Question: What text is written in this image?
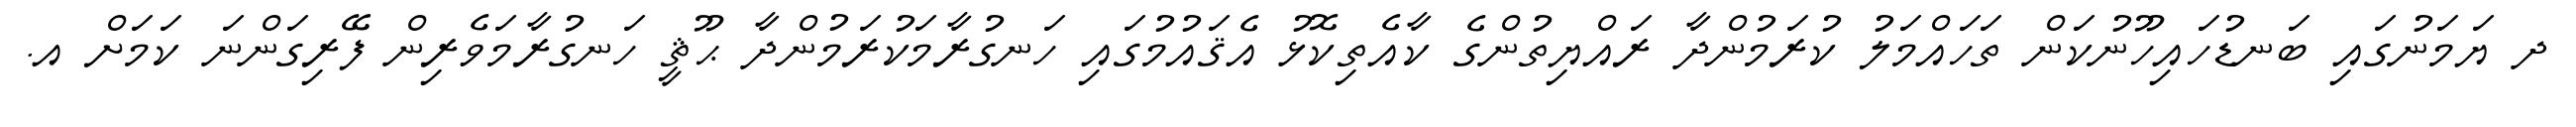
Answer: ދ ޔަމަނުގައި ބަނޑުހައިހޫނުކަން ތަހައްމަލު ކުރަމުންދާ ރައްޔިތުންގެ ކާއެތިކޮޅު އެޤައުމުގައި ހަނގުރާމަކުރަމުންދާ ޙޫޘީ ހަނގުރާމަވެރިން ފޭރިގަންނަ ކަމަށް އ.